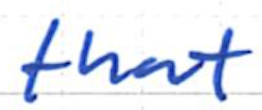
Text: that
Cross-out: clean
Writing tool: ballpoint